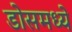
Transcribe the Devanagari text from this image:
डोसमध्ये